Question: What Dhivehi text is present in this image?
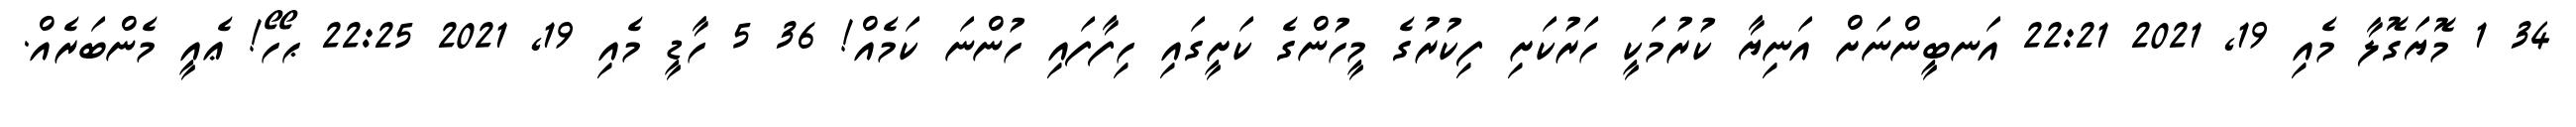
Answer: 34 1 މޮޔަގޮލާ މެއި 19, 2021 22:21 އަނބީންނަށް އަނިޔާ ކުރުމަކީ ހަރުކަށި ފިކުރުގެ މީހުންގެ ކަށީގައި ހިފާފައި ހުންނަ ކަމެއް! 36 5 ހާޑީ މެއި 19, 2021 22:25 ޙޯހޯ! ޢެއީ މެންބަރެއް.